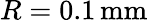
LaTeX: R=0.1\, \mathrm{mm}